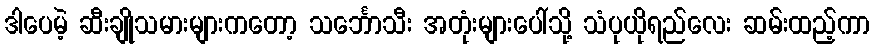
ဒါပေမဲ့ ဆီးချိုသမားများကတော့ သင်္ဘောသီး အတုံးများပေါ်သို့ သံပုယိုရည်လေး ဆမ်းထည့်ကာ